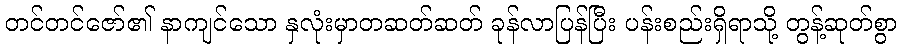
တင်တင်ဇော်၏ နာကျင်သော နှလုံးမှာတဆတ်ဆတ် ခုန်လာပြန်ပြီး ပန်းစည်းရှိရာသို့ တွန့်ဆုတ်စွာ